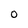
Character: o